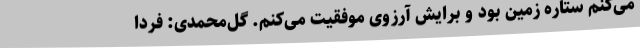
می‌کنم ستاره زمین بود و برایش آرزوی موفقیت می‌کنم. گل‌محمدی: فردا